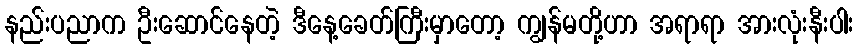
နည်းပညာက ဦးဆောင်နေတဲ့ ဒီနေ့ခေတ်ကြီးမှာတော့ ကျွန်မတို့ဟာ အရာရာ အားလုံးနီးပါး